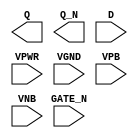
module sky130_fd_sc_ls__dlxbn (
    Q     ,
    Q_N   ,
    D     ,
    GATE_N,
    VPWR  ,
    VGND  ,
    VPB   ,
    VNB
);

    output Q     ;
    output Q_N   ;
    input  D     ;
    input  GATE_N;
    input  VPWR  ;
    input  VGND  ;
    input  VPB   ;
    input  VNB   ;
endmodule